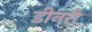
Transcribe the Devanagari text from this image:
डीनरी